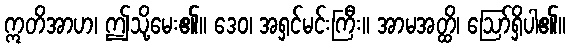
ဣတိအာဟ၊ ဤသို့မေး၏။ ဒေဝ၊ အရှင်မင်းကြီး။ အာမအတ္ထိ၊ ဩော်ရှိပါ၏။